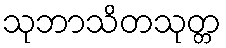
သုဘာသိတသုတ္တ